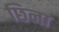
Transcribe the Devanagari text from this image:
छिना